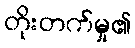
တိုးတက်မှု၏